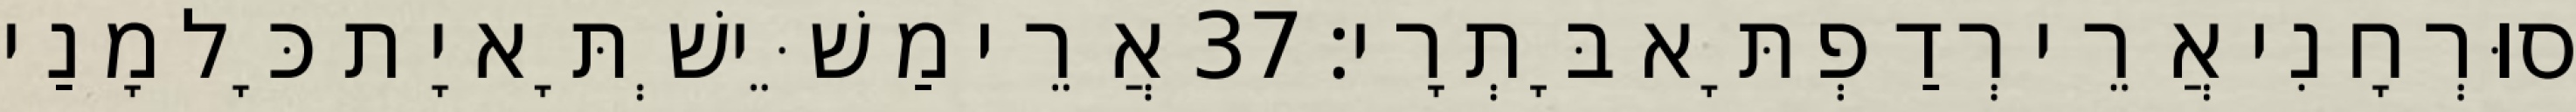
סוּרְחָנִי אֲרֵי רְדַפְתָּא בָּתְרָי׃ 37 אֲרֵי מַשֵּׁישְׁתָּא יָת כָּל מָנַי